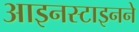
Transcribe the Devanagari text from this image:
आइनस्टाइनने